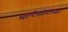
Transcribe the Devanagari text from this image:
मॉन्टेसोरींच्या